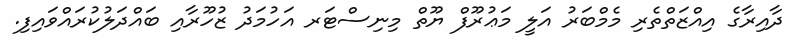
ދާއިރާގެ އިއްޒަތްތެރި މެމްބަރު އަލީ މަޢުރޫފް ޔޫތް މިނިސްޓަރ އަހުމަދު ޒުހޫރާއި ބައްދަލުކުރައްވައިފި.